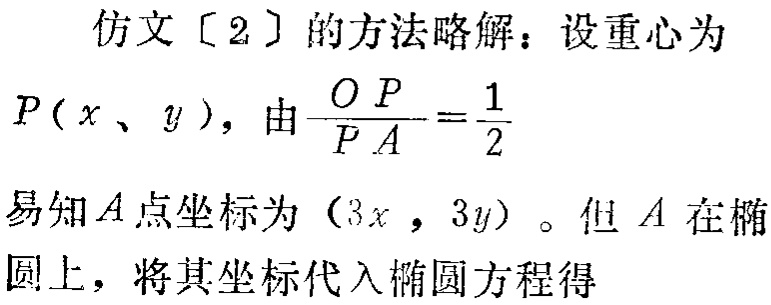
仿文〔2〕的方法略解：设重心为
\(P(x、y)\)，由\(\frac{OP}{PA}=\frac{1}{2}\)
易知\(A\)点坐标为\((3x,3y)\)。但\(A\)在椭圆上，将其坐标代入椭圆方程得